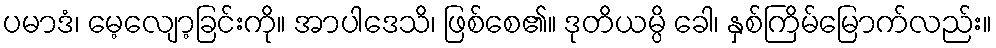
ပမာဒံ၊ မေ့လျော့ခြင်းကို။ အာပါဒေသိ၊ ဖြစ်စေ၏။ ဒုတိယမ္ပိ ခေါ၊ နှစ်ကြိမ်မြောက်လည်း။